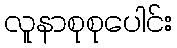
လူနာစုစုပေါင်း